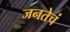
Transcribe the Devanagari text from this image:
जनतेचं